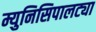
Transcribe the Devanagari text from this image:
म्युनिसिपालट्या